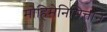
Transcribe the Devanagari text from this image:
मोहिमेनिमित्ताने